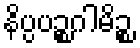
နိပ္ပပဉ္စဂါမိဉ္စ